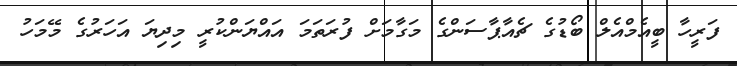
ފަރީހާ ބީއެމްއެލް ބޯޑުގެ ޗެއާޕާސަންގެ މަގާމަށް ފުރަތަމަ އައްޔަންކުރީ މިދިޔަ އަހަރުގެ މޭމަހު